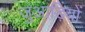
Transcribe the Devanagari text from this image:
जुआड़ियों